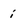
Character: i